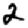
Digit: 2